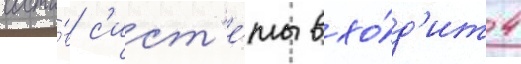
соста́в с'ист'е́мы вхо́д'ит 4